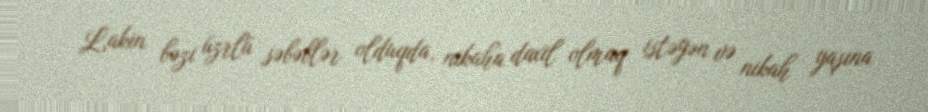
Lakin bəzi üzrlü səbəblər olduqda, nikaha daxil olmaq istəyən və nikah yaşına